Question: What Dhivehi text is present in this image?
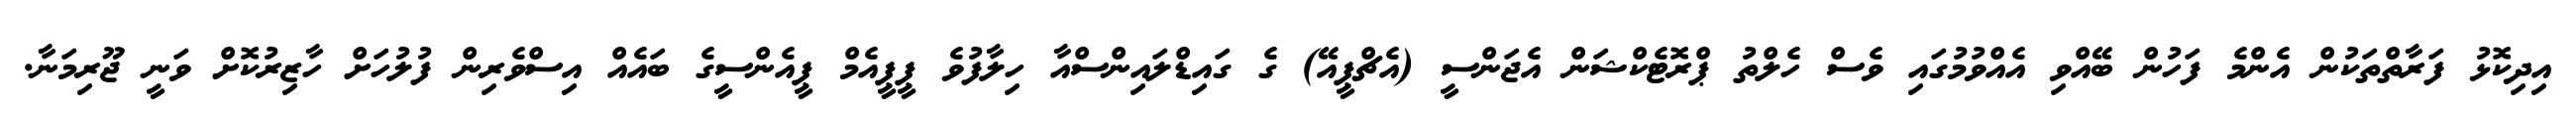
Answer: އިދިކޮޅު ފަރާތްތަކުން އެންމެ ފަހުން ބޭއްވި އެއްވުމުގައި ވެސް ހެލްތު ޕްރޮޓެކްޝަން އެޖަންސީ (އެޗްޕީއޭ) ގެ ގައިޑްލައިންސްއާ ހިލާފުވެ ޕީޕީއެމް ޕީއެންސީގެ ބައެއް އިސްވެރިން ފުލުހަށް ހާޒިރުކޮށް ވަނީ ޖޫރިމަނާ.